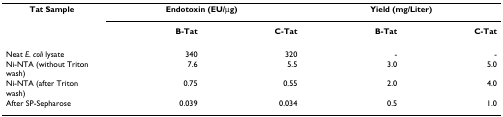
<table><thead><tr><td><b>Tat Sample</b></td><td colspan="2"><b>Endotoxin (EU/μg)</b></td><td colspan="2"><b>Yield (mg/Liter)</b></td></tr><tr><td></td><td><b>B-Tat</b></td><td><b>C-Tat</b></td><td><b>B-Tat</b></td><td><b>C-Tat</b></td></tr></thead><tbody><tr><td>Neat <i>E. coli</i> lysate</td><td>340</td><td>320</td><td>-</td><td>-</td></tr><tr><td>Ni-NTA (without Triton wash)</td><td>7.6</td><td>5.5</td><td>3.0</td><td>5.0</td></tr><tr><td>Ni-NTA (after Triton wash)</td><td>0.75</td><td>0.55</td><td>2.0</td><td>4.0</td></tr><tr><td>After SP-Sepharose</td><td>0.039</td><td>0.034</td><td>0.5</td><td>1.0</td></tr></tbody></table>